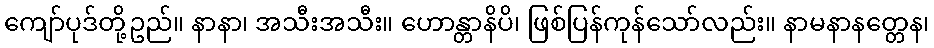
ကျော်ပုဒ်တို့ဥည်။ နာနာ၊ အသီးအသီး။ ဟောန္တာနိပိ၊ ဖြစ်ပြန်ကုန်သော်လည်း။ နာမနာနတ္တေန၊